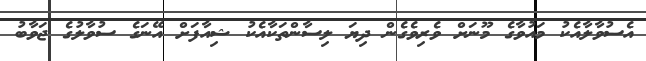
އެސުވާލާއެކު މައުވާގެ މޫނަށް ވެރިވެގެން ދިޔަ ލިސާންތަކާއެކު ޝިއާފަށް އޭނަގެ ސުވާލުގެ ޖަވާބު